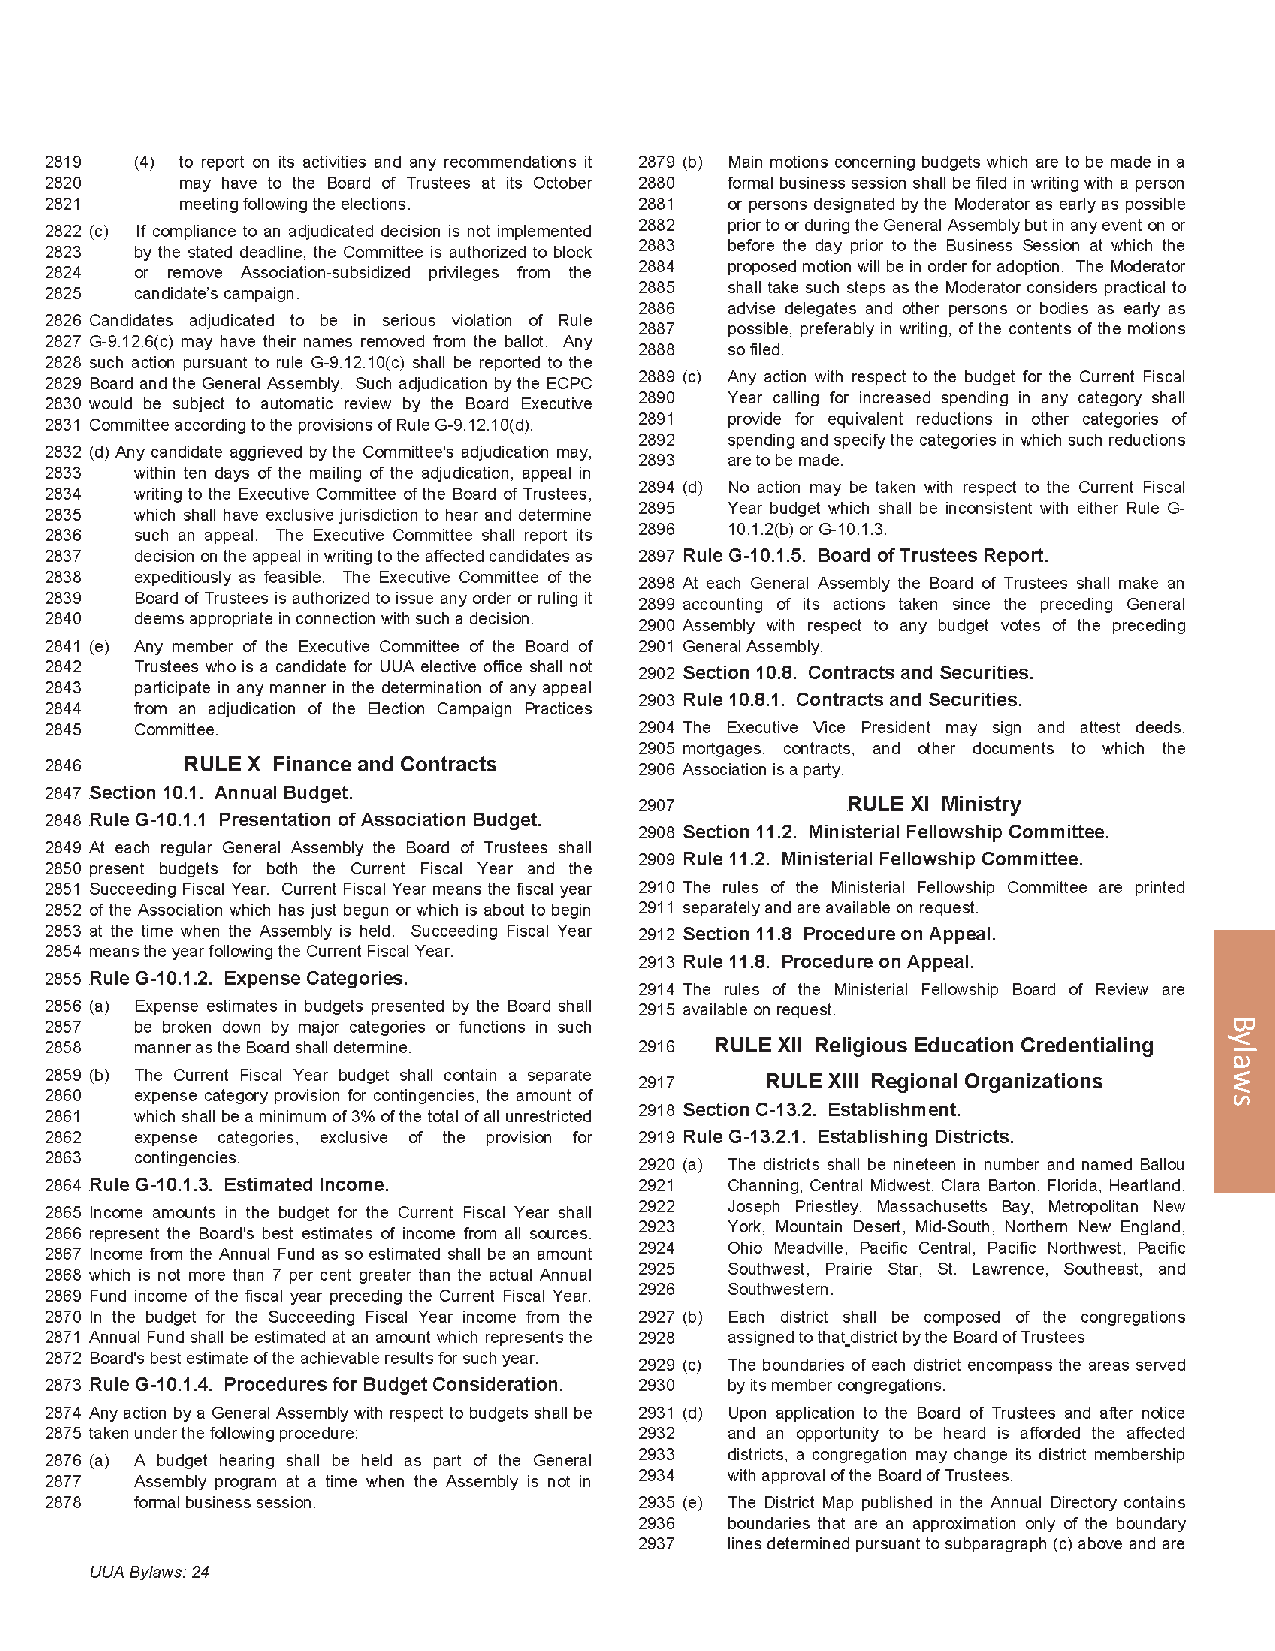
2012 General Assembly                                                   137
 Bylaws